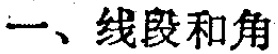
一、线段和角